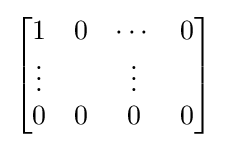
{\begin{bmatrix}1&0&\cdots &0\\\vdots &&\vdots \\0&0&0&0\end{bmatrix}}